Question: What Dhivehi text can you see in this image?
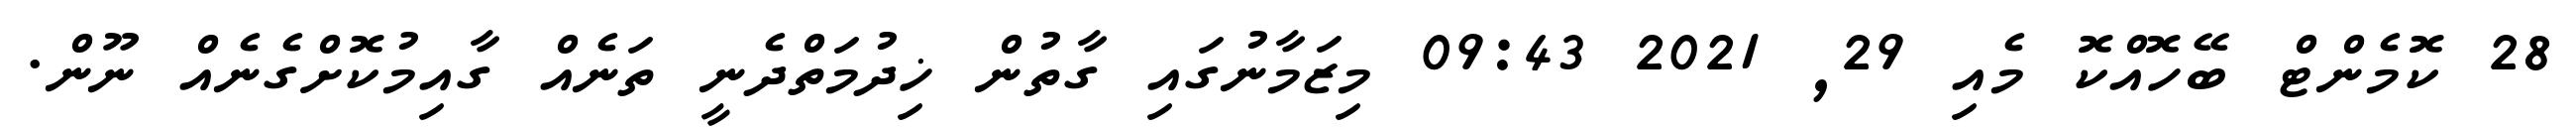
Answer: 28 ކޮމެންޓް ބޭހޮއްކޮ މެއި 29, 2021 09:43 މިޒަމާނުގައި ގާތުން ޚިދުމަތްދެނީ ތަނެއް ގާއިމުކޮށްގެނެއް ނޫން.